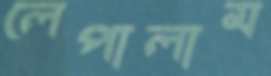
লেপালাম